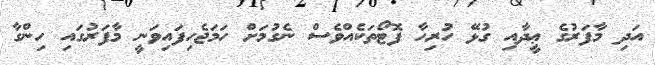
އަދި މާފަރުގެ ޢީދާއި ގުޅޭ ހުރިހާ ފޮޓޯތަކެއްވެސް ނެގުމަށް ހަމަޖެހިފައިވަނީ މާފަރުގައި ހިންގާ